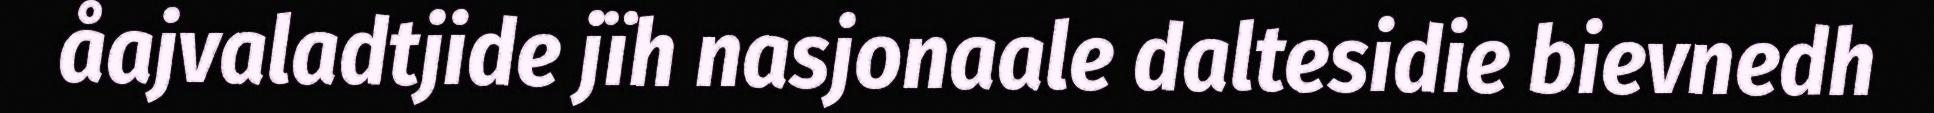
åajvaladtjide jïh nasjonaale daltesidie bievnedh